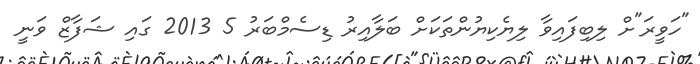
"ހަވީރަ"ށް ލިބިފައިވާ ލިޔެކިޔުންތަކަށް ބަލާއިރު ޑިސެމްބަރު 5 2013 ގައި ޝަފާޒް ވަނީ